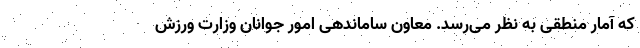
که آمار منطقی به نظر می‌رسد. معاون ساماندهی امور جوانان وزارت ورزش